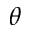
\theta